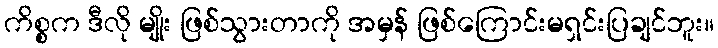
ကိစ္စက ဒီလို မျိုး ဖြစ်သွားတာကို အမှန် ဖြစ်ကြောင်းမရှင်းပြချင်ဘူး။